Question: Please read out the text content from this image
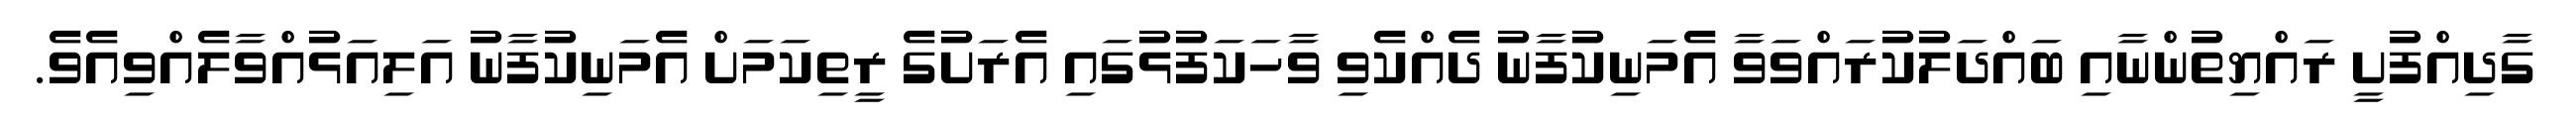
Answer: ގާދިއްފުށީ ރައްޔިތުންނާއި ބައްދަލުކުރައްވަވާ އެމަނިކުފާނު ދެއްކެވި ވާހަކަފުޅުގައި އެރަށުގެ ރީތިކަމަށް އެމަނިކުފާނު އަލިއަޅުއްވާލެއްވިއެވެ.